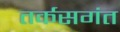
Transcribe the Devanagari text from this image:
तर्कसगंत